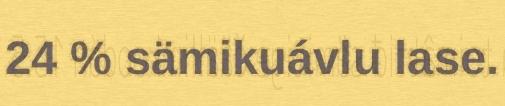
24 % sämikuávlu lase.